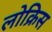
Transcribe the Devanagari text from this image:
लोक्रिस